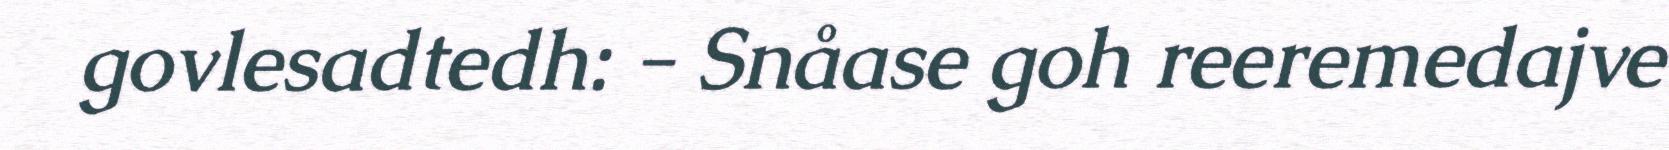
govlesadtedh: - Snåase goh reeremedajve